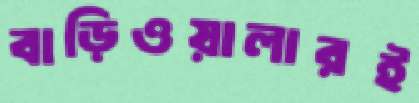
বাড়িওয়ালারই